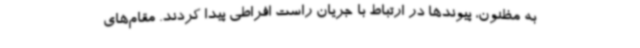
به مظنون، پیوندها در ارتباط با جریان راست افراطی پیدا کردند. مقام‌های